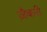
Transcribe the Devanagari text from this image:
ज़ैकरी